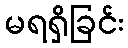
မရရှိခြင်း